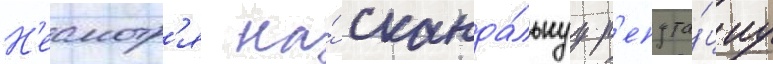
Н'есмотр'я на́ сканда́льнуу р'епута́циу